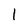
Character: I